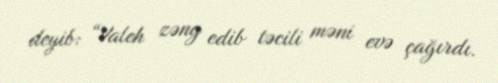
deyib: “Valeh zəng edib təcili məni evə çağırdı.